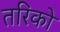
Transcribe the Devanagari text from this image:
तरिको